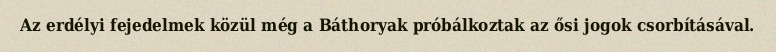
Az erdélyi fejedelmek közül még a Báthoryak próbálkoztak az ősi jogok csorbításával.